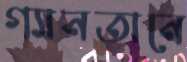
গ্যানতানে